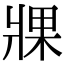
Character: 𤖇